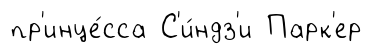
пр'инце́сса С'и́ндз'и Парк'ер